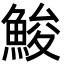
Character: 鮻